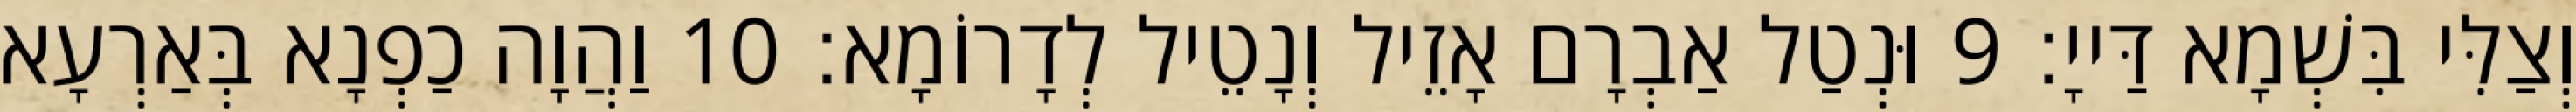
וְצַלִּי בִּשְׁמָא דַּייָ׃ 9 וּנְטַל אַבְרָם אָזֵיל וְנָטֵיל לְדָרוֹמָא׃ 10 וַהֲוָה כַפְנָא בְּאַרְעָא